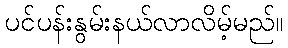
ပင်ပန်းနွမ်းနယ်လာလိမ့်မည်။